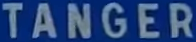
TANGER